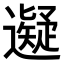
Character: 𬩜